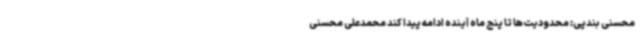
محسنی بندپی: محدودیت‌ها تا پنج ماه آینده ادامه پیدا کند محمدعلی محسنی